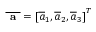
\overline { { \textbf { a } } } = \left[ \overline { { a } } _ { 1 } , \overline { { a } } _ { 2 } , \overline { { a } } _ { 3 } \right] ^ { T }